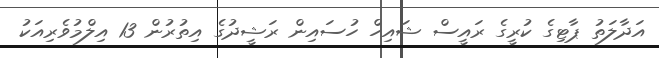
އަދާލަތު ޕާޓިގެ ކުރީގެ ރައީސް ޝައިހް ހުސައިން ރަޝީދުގެ އިތުރުން 13 އިލްމުވެރިއަކު